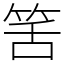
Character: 筈